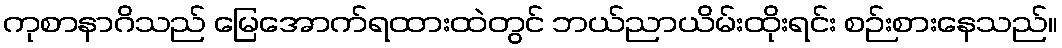
ကုစာနာဂိသည် မြေအောက်ရထားထဲတွင် ဘယ်ညာယိမ်းထိုးရင်း စဉ်းစားနေသည်။